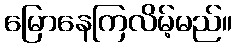
မြောနေကြလိမ့်မည်။